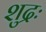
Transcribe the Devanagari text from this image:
शुद्रः